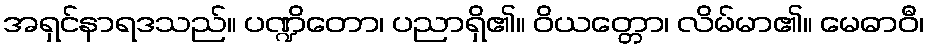
အရှင်နာရဒသည်။ ပဏ္ဍိတော၊ ပညာရှိ၏။ ဝိယတ္တော၊ လိမ်မာ၏။ မေဓာဝီ၊